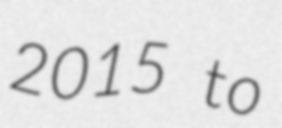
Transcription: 2015 to